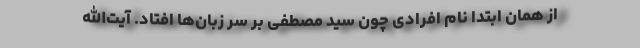
از همان ابتدا نام افرادی چون سید مصطفی بر سر زبان‌ها افتاد. آیت‌الله